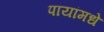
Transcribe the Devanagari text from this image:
पायांमधे